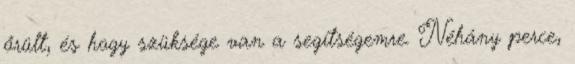
őrült, és hogy szüksége van a segítségemre. Néhány perce,